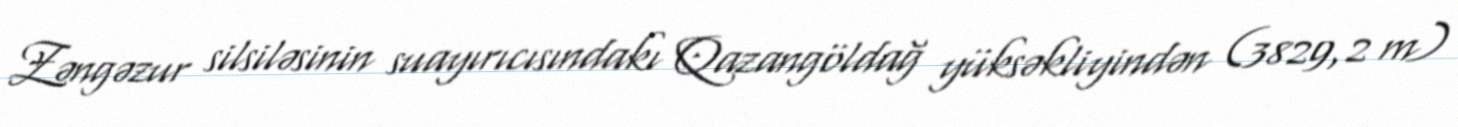
Zəngəzur silsiləsinin suayırıcısındakı Qazangöldağ yüksəkliyindən (3829,2 m)